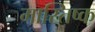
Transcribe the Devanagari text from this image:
मास्तिष्क